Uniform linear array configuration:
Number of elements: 4
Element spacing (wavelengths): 1
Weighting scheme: exponential
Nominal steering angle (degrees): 45
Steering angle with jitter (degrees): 46.111
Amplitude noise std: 0.05
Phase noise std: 0.05

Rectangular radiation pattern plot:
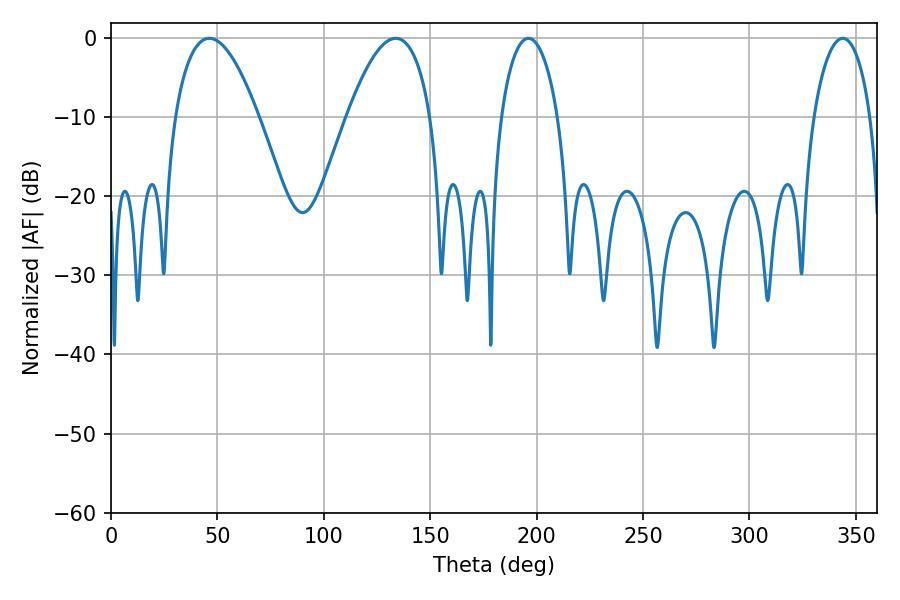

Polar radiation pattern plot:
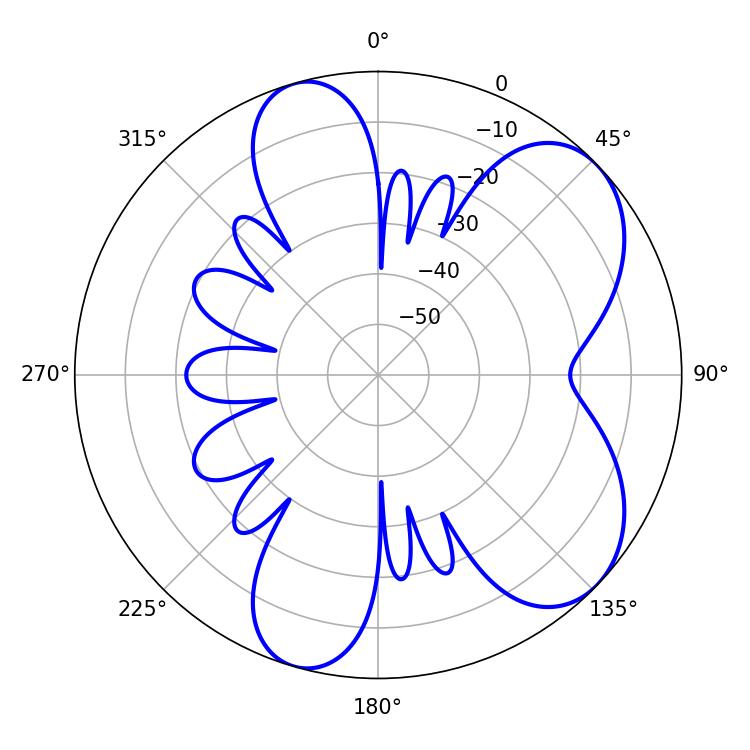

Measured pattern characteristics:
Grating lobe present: TRUE
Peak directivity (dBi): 6.599
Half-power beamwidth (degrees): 21.6
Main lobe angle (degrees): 46.26